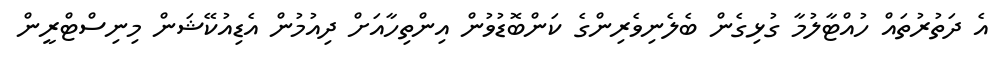
އެ ދަތުރުތައް ހުއްޓާލުމާ ގުޅިގެން ބެލެނިވެރިންގެ ކަންބޮޑުވުން އިންތިހާއަށް ދިއުމުން އެޑިއުކޭޝަން މިނިސްޓްރީން